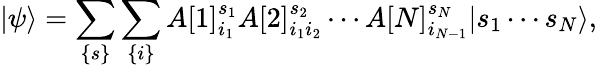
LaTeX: |\psi\rangle=\sum_{\{ s\} }\sum_{\{ i\} }A[1]_{i_{1}}^{s_{1}}A[2]_{i_{1}i_{2}}^{s_{2}}\cdots A[N]_{i_{N-1}}^{s_{N}}|s_{1}\cdots s_{N}\rangle,